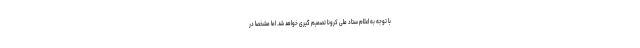
با توجه به اعلام ستاد ملی کرونا تصمیم گیری خواهد شد. اما مشخصا در